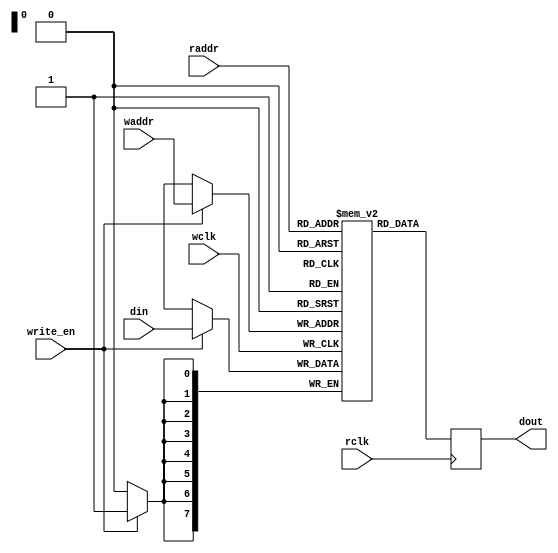
/*
Example from: https://www.latticesemi.com/-/media/LatticeSemi/Documents/UserManuals/EI/iCEcube201701UserGuide.ashx?document_id=52071 [p. 72].
*/
module top (din, write_en, waddr, wclk, raddr, rclk, dout);
parameter addr_width = 8;
parameter data_width = 8;
input [addr_width-1:0] waddr, raddr;
input [data_width-1:0] din;
input write_en, wclk, rclk;
output [data_width-1:0] dout;
reg [data_width-1:0] dout;
reg [data_width-1:0] mem [(1<<addr_width)-1:0]
/* synthesis syn_ramstyle = "no_rw_check" */ ;
always @(posedge wclk) // Write memory.
begin
if (write_en)
mem[waddr] <= din; // Using write address bus.
end
always @(posedge rclk) // Read memory.
begin
dout <= mem[raddr]; // Using read address bus.
end
endmodule